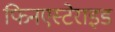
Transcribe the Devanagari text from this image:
फिनएस्टेराइड